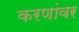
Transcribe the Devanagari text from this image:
करणांवर